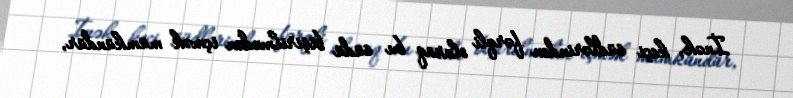
İnək, keçi südlərindən fərqli olaraq bu südü bişirilmədən içmək mümkündür,